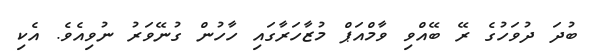
ބުދަ ދުވަހުގެ ރޭ ބޭއްވި ވާމްއަޕް މުޒާހަރާގައި ހާހުން ގުނޭވަރު ނުވިއެވެ. އެކި